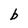
Character: b